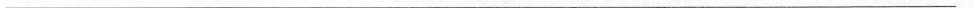
\underline